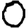
Digit: 0